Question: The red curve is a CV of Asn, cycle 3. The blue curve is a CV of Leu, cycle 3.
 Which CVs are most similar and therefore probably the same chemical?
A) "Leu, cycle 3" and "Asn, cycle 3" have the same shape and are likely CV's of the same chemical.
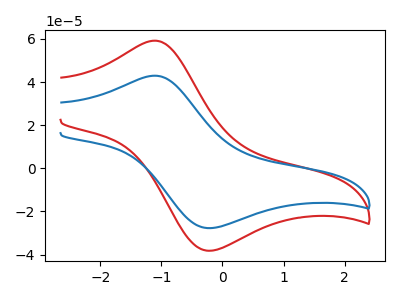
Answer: <think>The red curve "Asn, cycle 3" has an anodic peak at (-1.10V, 59.20uA) and a cathodic peak at (-0.15V, -38.15uA). The blue curve "Leu, cycle 3" has an anodic peak at (-1.10V, 42.95uA) and a cathodic peak at (-0.15V, -27.70uA).
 All the peaks in "Asn, cycle 3" have a peak in "Leu, cycle 3" at the same potential. Every peak in "Asn, cycle 3" is higher than every peak in "Leu, cycle 3".</think>
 <answer>A) "Leu, cycle 3" and "Asn, cycle 3" have the same shape and are likely CV's of the same chemical.</answer>
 <eval>A</eval>